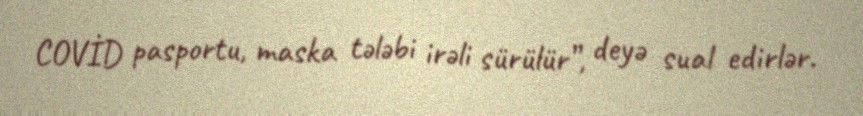
COVİD pasportu, maska tələbi irəli sürülür”, deyə sual edirlər.